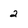
Character: 2